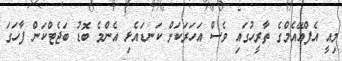
މިއީ އެފްއޭއެމްގެ ތާރީހުގައި ވެސް އަހަރަކަށް ކަނޑައެޅި އެންމެ ބޮޑު ބަޖެޓްކަން ފާހަގަ